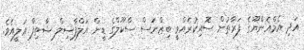
އަދި އެމްއެންޔޫގެ ފަރާތުން ސޮއިކުރެއްވީ ބިޒްނަސް ސްކޫލްގެ ޑީން އަލްފާޟިލް ޝާތިފް ޢަލީއެވެ.